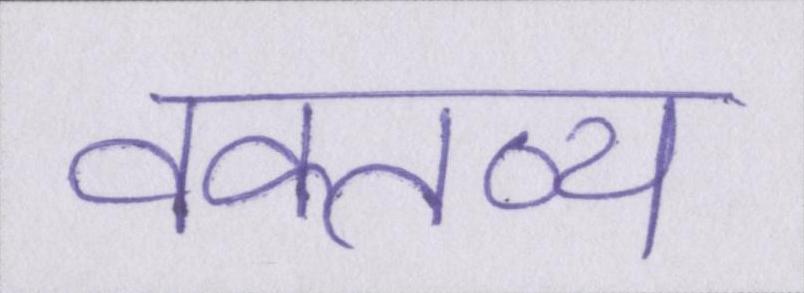
वक्तव्य